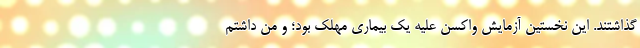
گذاشتند. این نخستین آزمایشِ واکسن علیه یک بیماریِ مهلک بود؛ و من داشتم